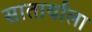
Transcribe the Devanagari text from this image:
सातार्याला